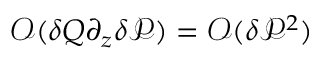
\mathcal { O } ( \delta Q \partial _ { z } \delta \mathcal { P } ) = \mathcal { O } ( \delta \mathcal { P } ^ { 2 } )